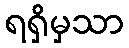
ရရှိမှသာ